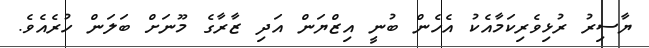
ޔާސިރު ރުޅިވެރިކަމާއެކު އެހެން ބުނީ އިޒްޔަން އަދި ޒާރާގެ މޫނަށް ބަލަން ހުރެއެވެ.